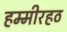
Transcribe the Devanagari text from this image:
हम्मीरहठ